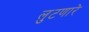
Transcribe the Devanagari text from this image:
लुटणारे